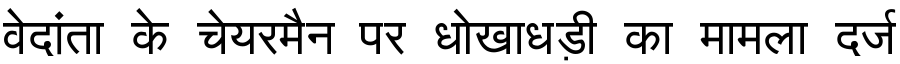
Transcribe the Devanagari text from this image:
वेदांता के चेयरमैन पर धोखाधड़ी का मामला दर्ज